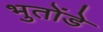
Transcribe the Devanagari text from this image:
भुतोंडे